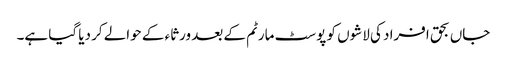
جاں بحق افراد کی لاشوں کو پوسٹ مارٹم کے بعد ورثاء کے حوالے کر دیا گیا ہے۔